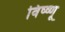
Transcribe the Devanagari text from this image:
विष्ष्णू